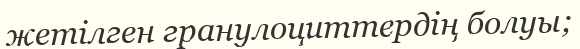
жетілген гранулоциттердің болуы;